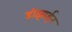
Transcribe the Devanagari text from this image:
डीझाईन